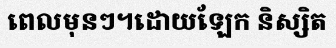
ពេលមុនៗ។ដោយឡែក និស្សិត